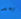
بعد